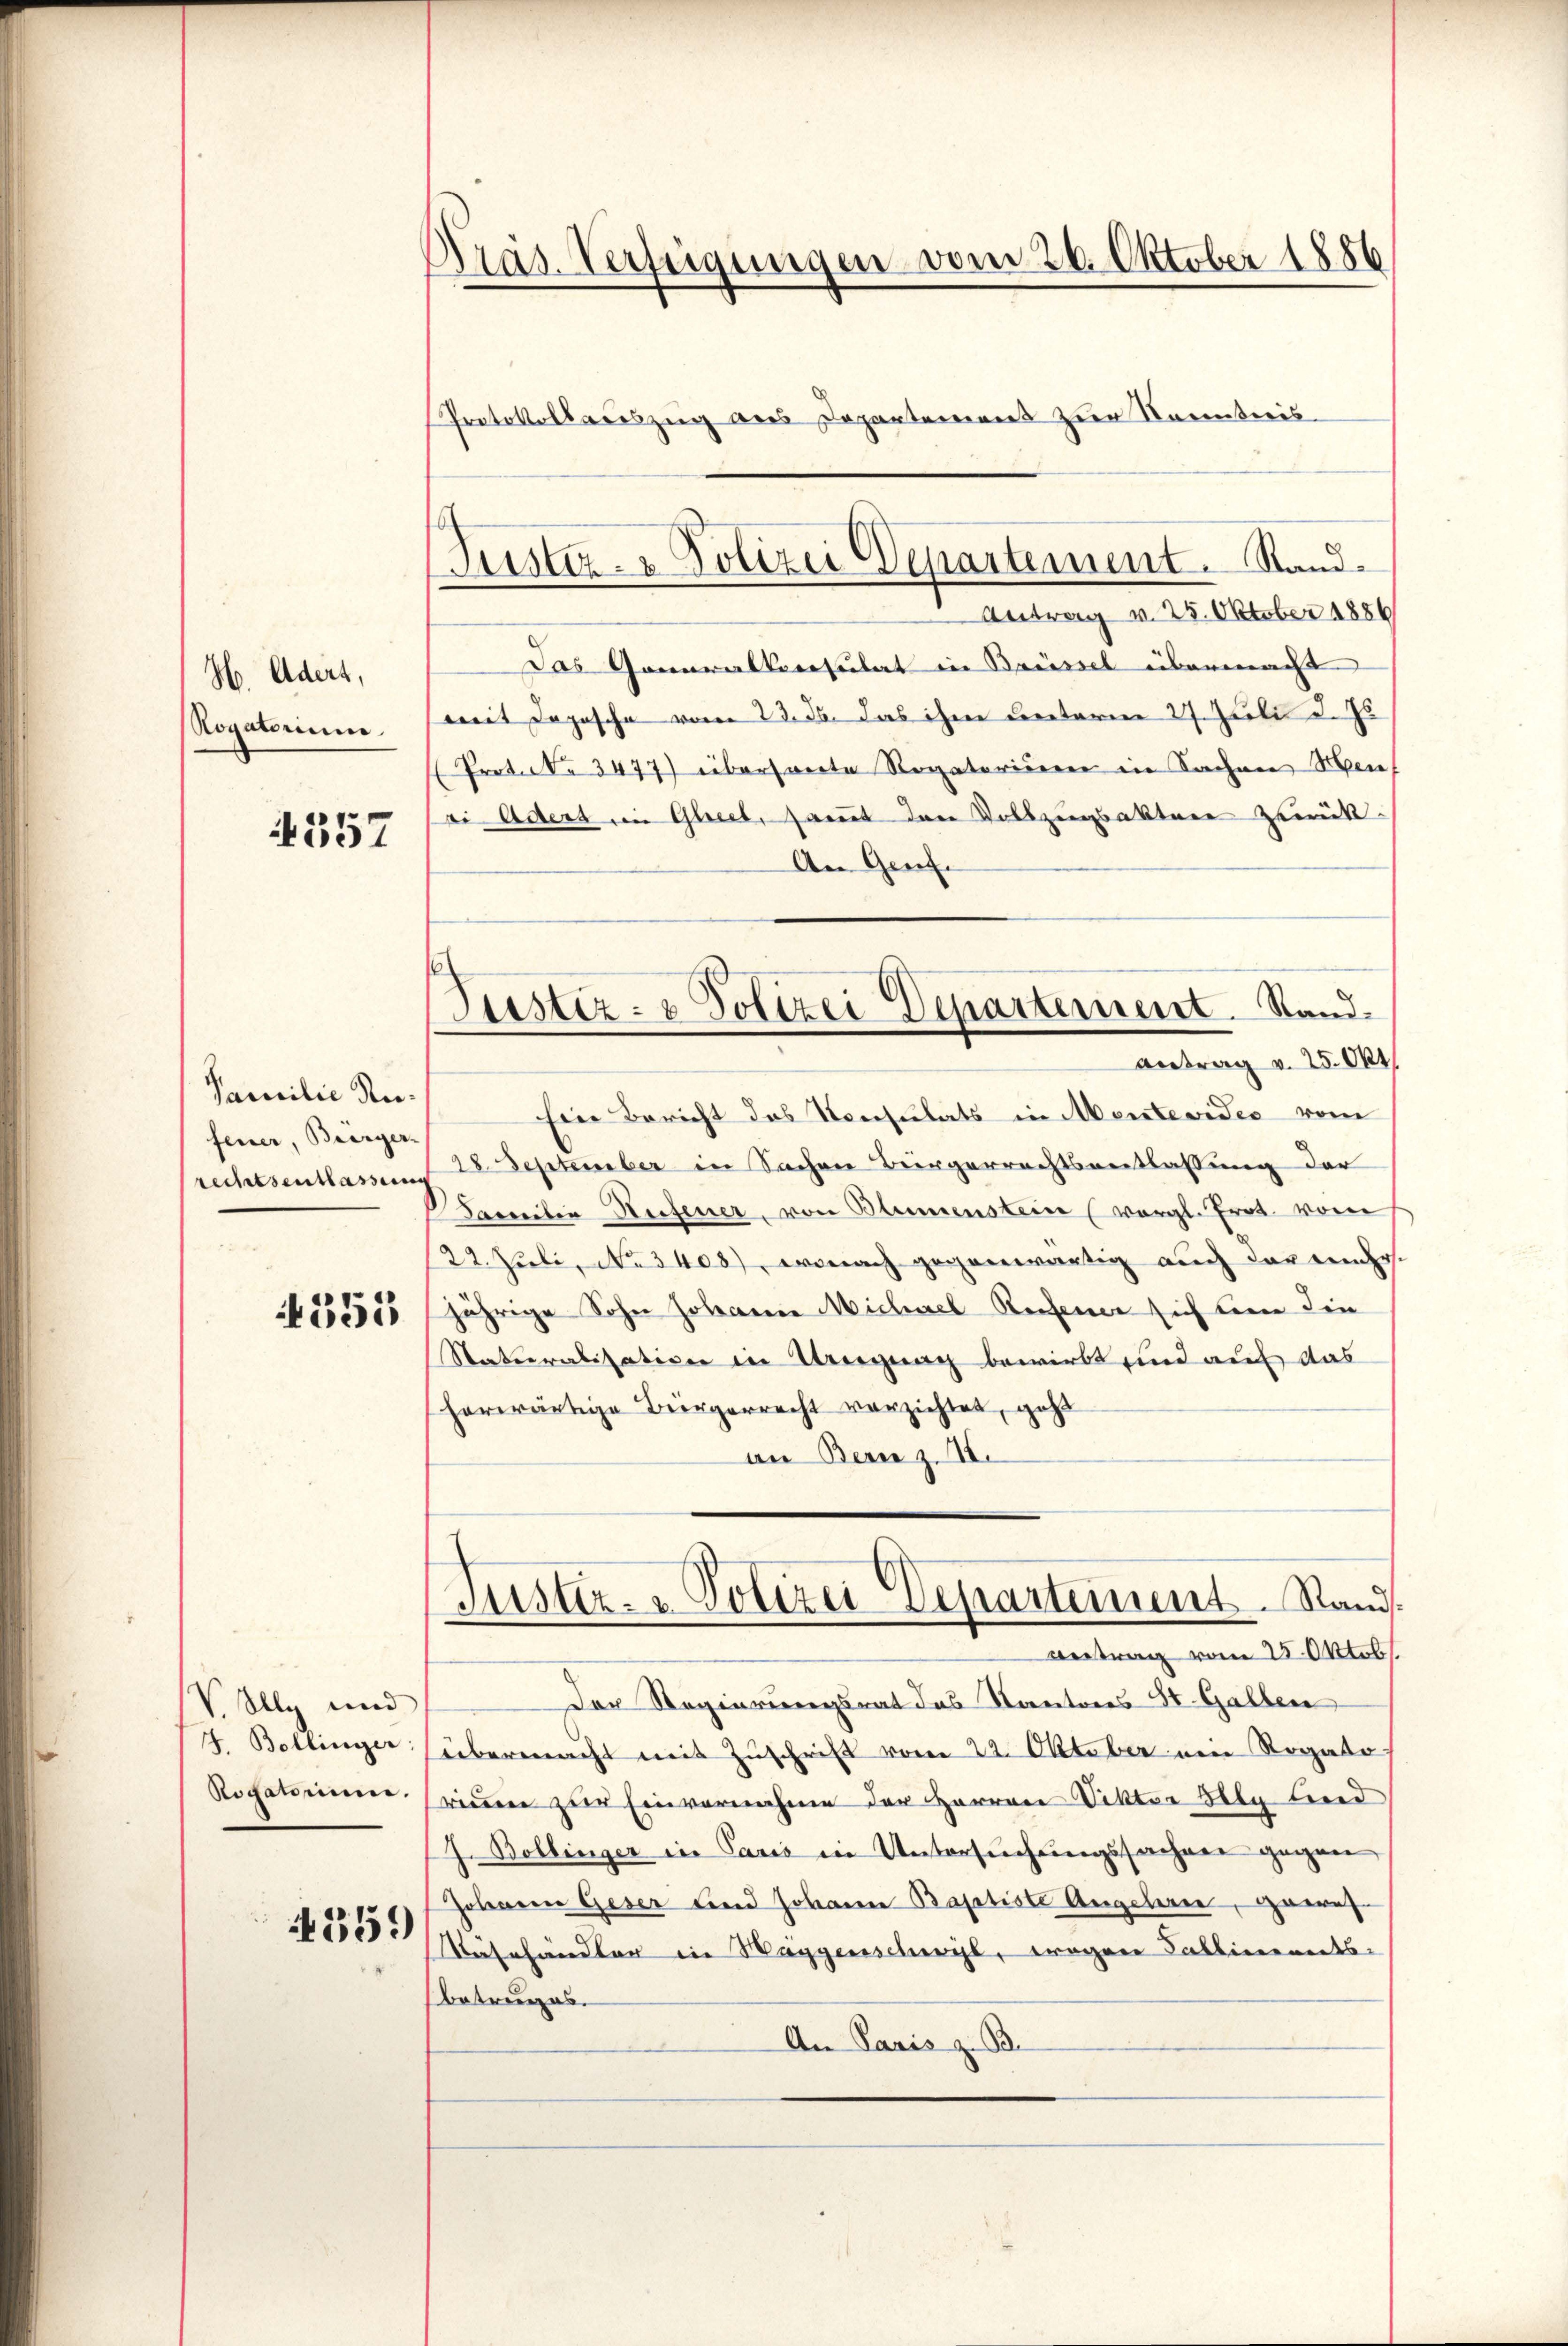
H. Adert,
Rogatorium.

4357

Familie Refeuer, Burger-
rechtsentlassung
245.

355

V. Illy und
4. Bollinger:
Rogatorium,

359

Dras. Verfügungen vom 20. Oktober 1886
Protokollauszug aus Departement zur Kenntnis

Antrag v. 25. Oktober 1886
Das Generalspersulat in Brüssel übermacht
mit Depesche vom 23. ds. das ihm unterm 27. Juli d. Js.
Prot. No 3477) überswerte Rogatoriieren in Sachen Mens
ei Adert in Glieet, samt den Vollzugsaktere zurück¬
An Genf.
Eine Bericht das Konsulats in Mentevides vom
28. September in Sachen Bürgerrechtsentlassung der
Kommitin Rufener, von Blumenstein (vergl. Prot. vom
22. Juli, No. 3403), wonach gegenwärtig auch der ander.
jährige Sohn Johannes Michael Reifener sich bein die
Naturalisation in Wegnag bewirbt sind auf das
herwärtige Bürgerrecht verzichtet, geht
an Bern z. II.
Justiz- & Polizei Departement. Rand.
Beitrag vom 25. Oktob
Der Regierungsrat das Kantons St. Gallen
übermacht mit Zuschrift vom 22. Oktober ein Rogato
rinnen zur Einvernahme der Herren Viktor Alle und
J. Bollinger in Paris in Untersuchungssachen gegen
Johanne Geser und Johann Baptiste Angeleren, gewes
Käshändler in Waggerschwil, wegen Falliments-
betruges.
An Paris z. B.

Jüster- & Polizei Departement. Sand¬

Justiz- & Polizei Departement. Stand.
Antrag v. 25. Okt